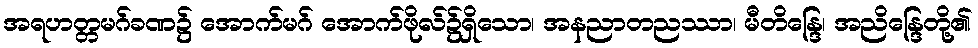
အရဟတ္တမဂ်ခဏ၌ အောက်မဂ် အောက်ဖိုလ်၌ရှိသော၊ အနညာတညဿာ၊ မီတိန္ဒြေ၊ အညိန္ဒြေတို့၏